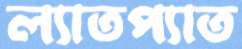
ল্যাতপ্যাত